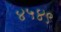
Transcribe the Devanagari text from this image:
४५४९